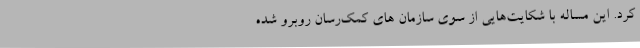
کرد. این مساله با شکایت‌هایی از سوی سازمان های کمک‌رسان روبرو شده